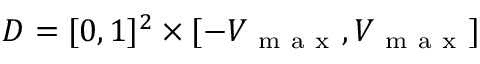
D = [ 0 , 1 ] ^ { 2 } \times [ - V _ { \mathrm { ~ m ~ a ~ x ~ } } , V _ { \mathrm { ~ m ~ a ~ x ~ } } ]